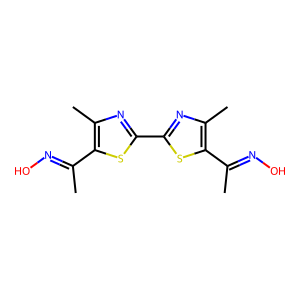
SMILES: CC(=NO)c1sc(-c2nc(C)c(C(C)=NO)s2)nc1C
Inhibits HIV replication: No